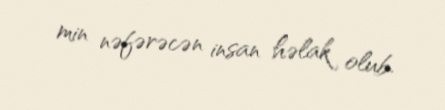
min nəfərəcən insan həlak olub.